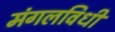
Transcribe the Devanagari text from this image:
मंगलविधी